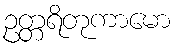
ဥတ္တရိတုကာမော